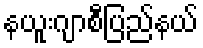
နယူးဂျာစီပြည်နယ်